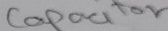
Text: Capacitor